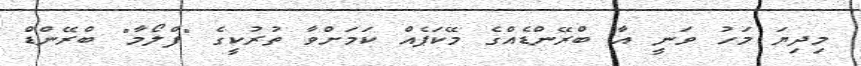
މިދިޔަ މަހު ވަނީ އާ ބްރޭންޑެއްގެ މޭކަޕެއް ކަމަށްވާ ތުރުކީގެ "ފްލޯމާ" ބްރޭންޑް